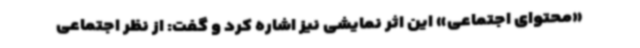
«محتوای اجتماعی» این اثر نمایشی نیز اشاره کرد و گفت: از نظر اجتماعی